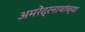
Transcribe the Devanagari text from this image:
अमरेंद्रनाथांच्या